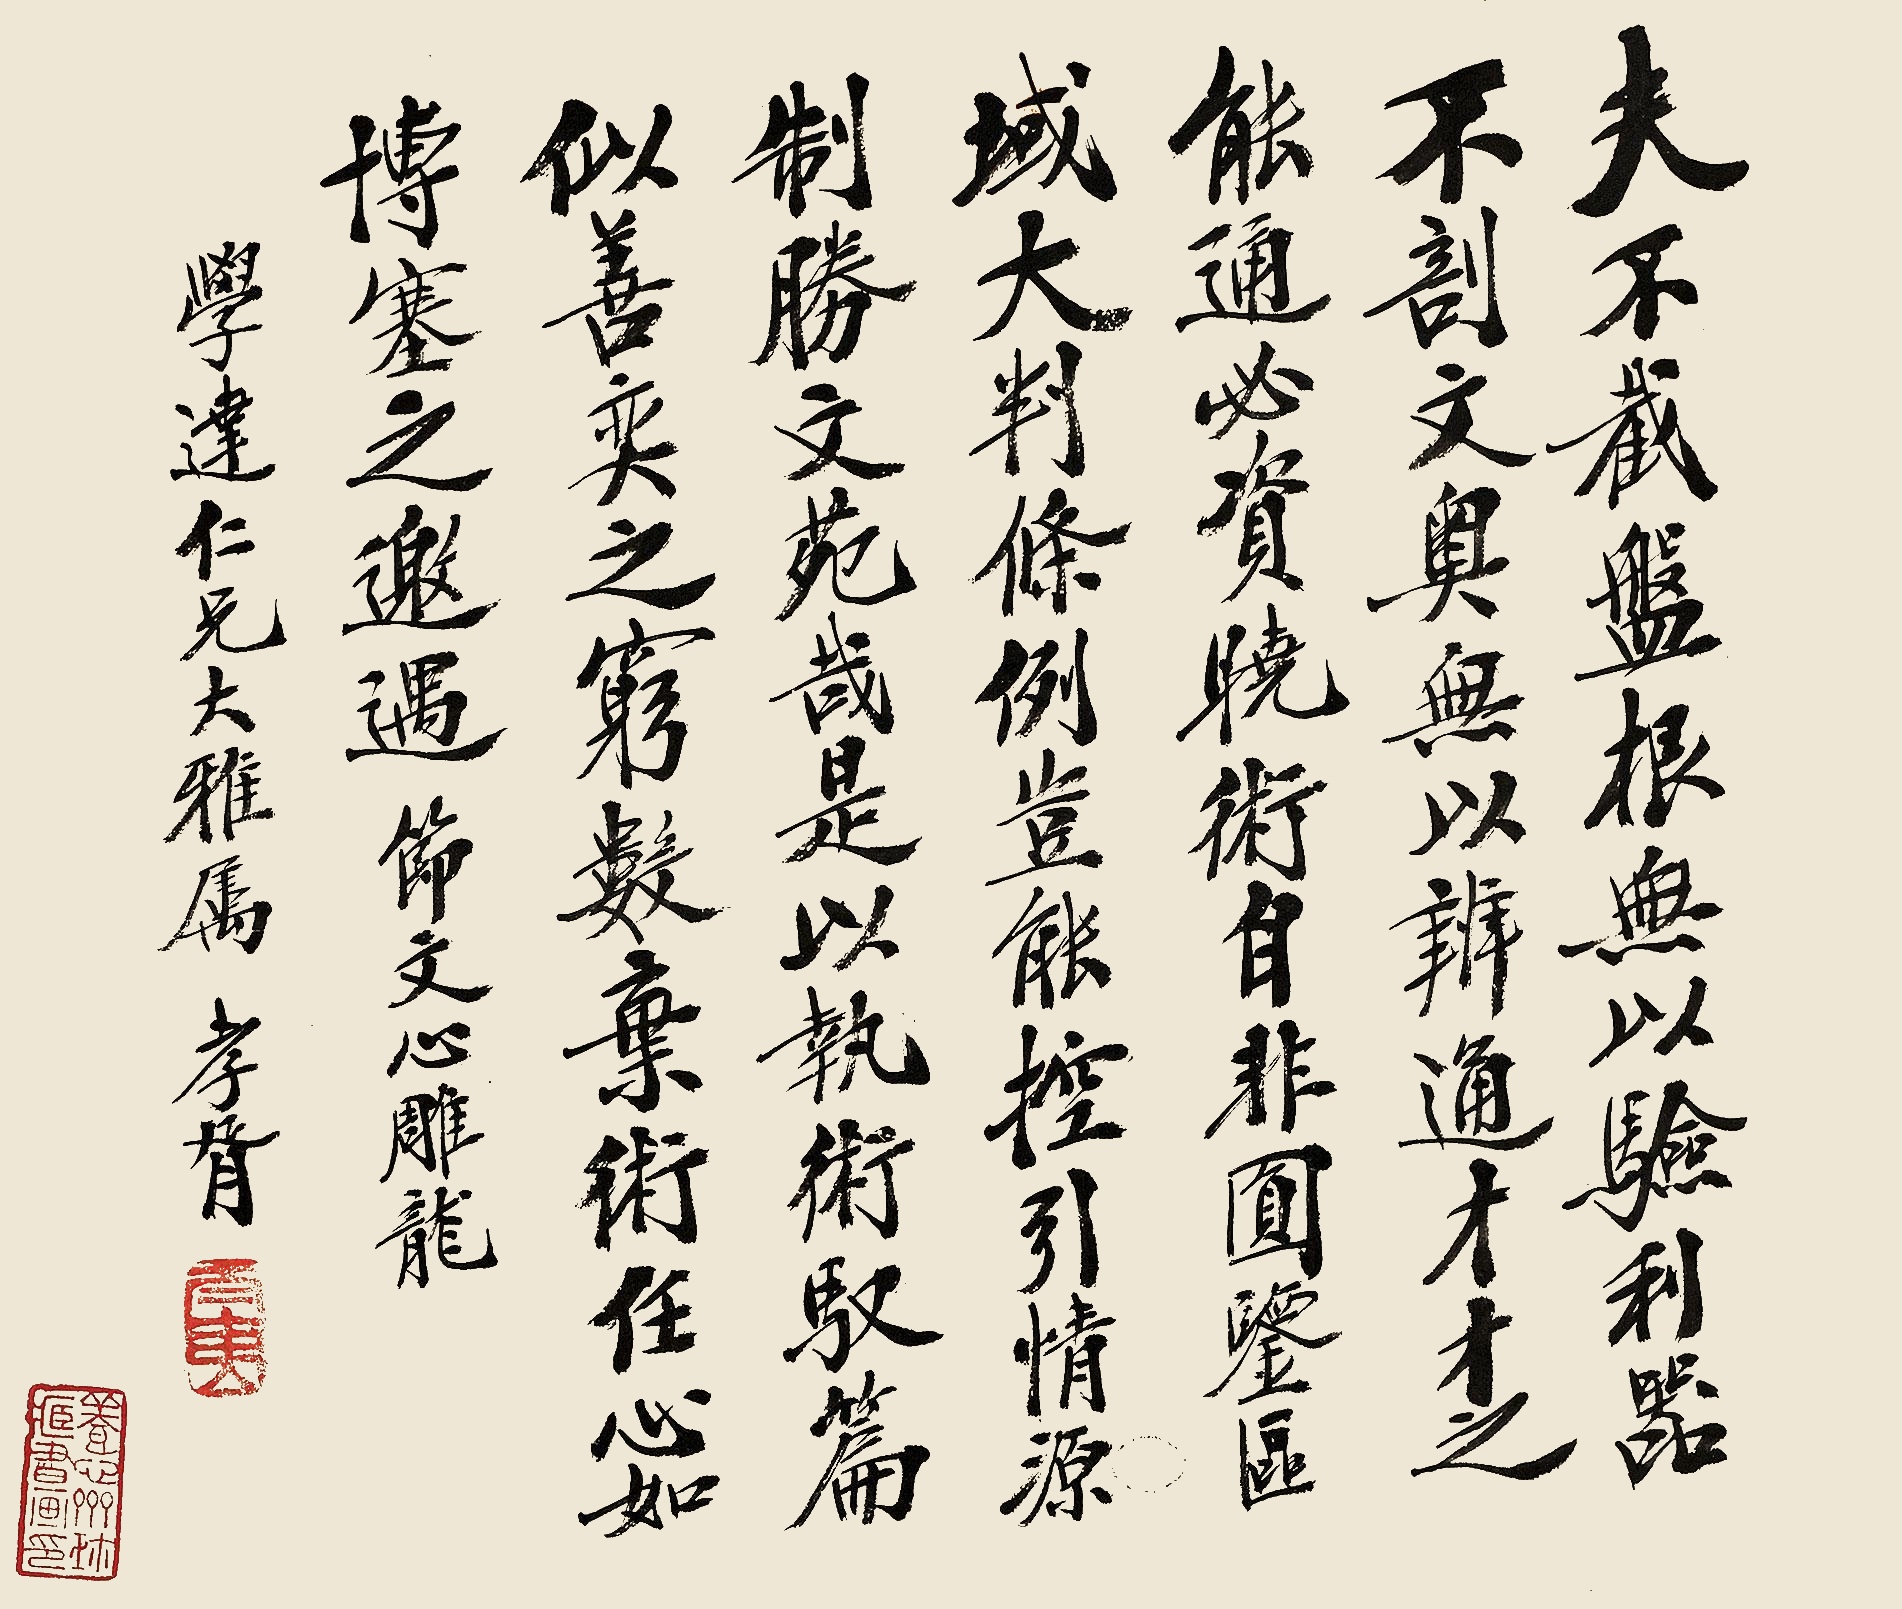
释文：夫不截盘根，无以验利器；不剖文奥，无以辨通才。才之能通，必资晓术，自非圆鉴区域，大判条例，岂能控引情源，制胜文苑哉！是以执术驭篇，似善弈之穷数；弃术任心，如博塞之邀遇。节文心雕龙。学达仁兄大雅属，孝胥。